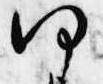
何